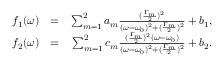
\begin{array} { r l r } { ~ f _ { 1 } ( \omega ) } & { = } & { \sum _ { m = 1 } ^ { 2 } a _ { m } \frac { ( \frac { \Gamma _ { m } } { 2 } ) ^ { 2 } } { ( \omega - \omega _ { 0 } ) ^ { 2 } + ( \frac { \Gamma _ { m } } { 2 } ) ^ { 2 } } + b _ { 1 } , } \\ { f _ { 2 } ( \omega ) } & { = } & { \sum _ { m = 1 } ^ { 2 } c _ { m } \frac { ( \frac { \Gamma _ { m } } { 2 } ) ^ { 2 } ( \omega - \omega _ { 0 } ) } { ( \omega - \omega _ { 0 } ) ^ { 2 } + ( \frac { \Gamma _ { m } } { 2 } ) ^ { 2 } } + b _ { 2 } . } \end{array}